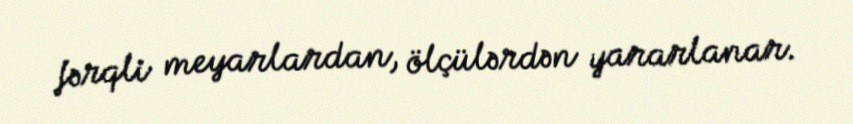
fərqli meyarlardan, ölçülərdən yararlanar.